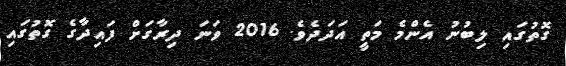
ގޮތުގައި ލިބުނު އެންމެ މަތީ އަދަދެވެ. 2016 ވަނަ ދިރާގަށް ފައިދާގެ ގޮތުގައި